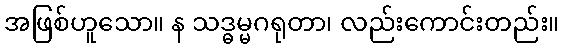
အဖြစ်ဟူသော။ န သဒ္ဓမ္မဂရုတာ၊ လည်းကောင်းတည်း။